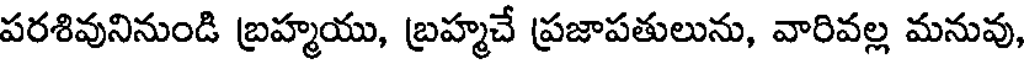
పరశివునినుండి బ్రహ్మయు, బ్రహ్మచే ప్రజాపతులును, వారివల్ల మనువు,